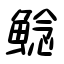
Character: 鯰